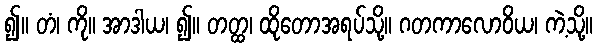
၍။ တံ၊ ကို။ အာဒါယ၊ ၍။ တတ္ထ၊ ထိုတောအရပ်သို့။ ဂတကာလောဝိယ၊ ကဲ့သို့။